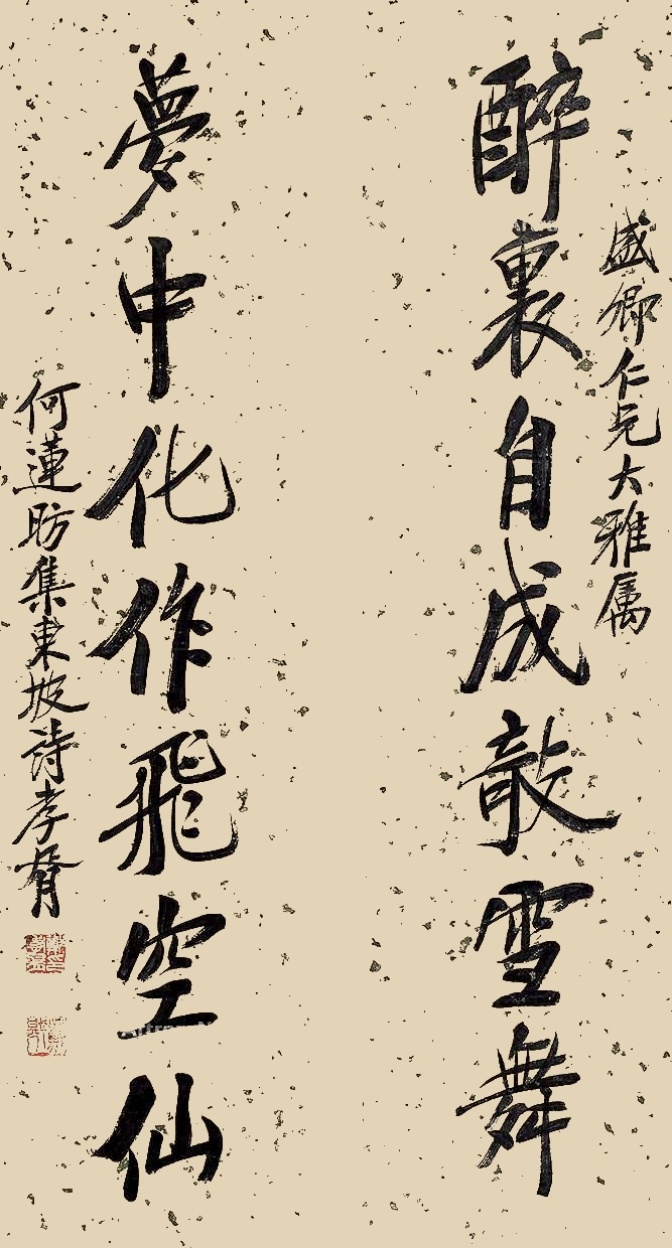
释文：醉里自成敧雪舞，梦中化作飞空仙。盛卿仁兄大雅属，何莲昉集东坡诗，孝胥。